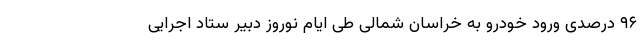
۹۶ درصدی ورود خودرو به خراسان شمالی طی ایام نوروز دبیر ستاد اجرایی